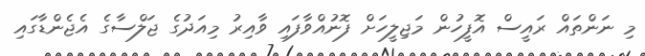
މި ނަންތައް ރައީސް އޮފީހުން މަޖިލީހަށް ފޮނުއްވާފައި ވާއިރު މިއަދުގެ ޖަލްސާގެ އެޖެންޑާގައި